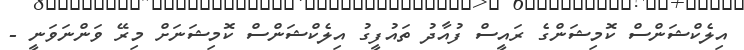
އިލެކްޝަންސް ކޮމިޝަންގެ ރައީސް ފުއާދު ތައުފީގު އިލެކްޝަންސް ކޮމިޝަނަށް މިރޭ ވަންނަވަނީ -